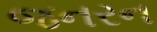
જનરન